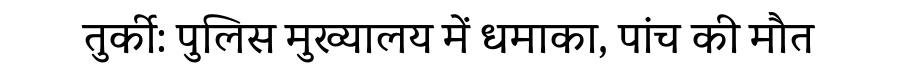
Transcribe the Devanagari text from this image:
तुर्की: पुलिस मुख्यालय में धमाका, पांच की मौत